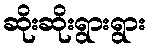
ဆိုးဆိုးရွားရွား